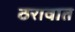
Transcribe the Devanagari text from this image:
ठरावात